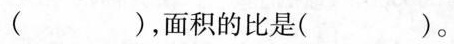
（ ），面积的比是( )。